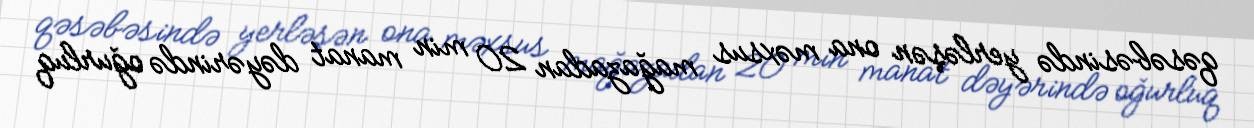
qəsəbəsində yerləşən ona məxsus mağazadan 20 min manat dəyərində oğurluq